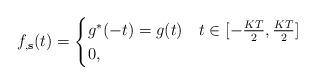
LaTeX: \begin{align*}f_{,\textbf{s}}(t) &= \begin{cases}g^*(-t)=g(t) & t \in [-\frac{KT}{2},\frac{KT}{2}]\\0,& \end{cases}\end{align*}